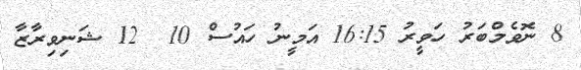
8 ނޮވެމްބަރު ހަވީރު 16:15 އަމީނު ހައުސް 10  12 ޝަނިވިރާޒާ